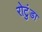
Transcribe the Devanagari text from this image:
रोटुंडा